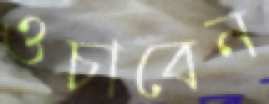
ওচাবেন